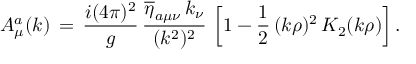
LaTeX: A _ { \mu } ^ { a } ( k ) \, = \, \frac { i ( 4 \pi ) ^ { 2 } } { g } \, \frac { \overline { { { \eta } } } _ { a \mu \nu } \, k _ { \nu } } { ( k ^ { 2 } ) ^ { 2 } } \, \left[ 1 - \frac { 1 } { 2 } \, ( k \rho ) ^ { 2 } \, K _ { 2 } ( k \rho ) \right] .